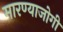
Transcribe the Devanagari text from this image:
मारण्याजोगी